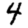
Digit: 4